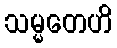
သမ္မတေဟိ